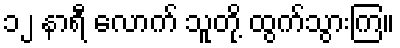
၁၂ နာရီ လောက် သူတို့ ထွက်သွားကြ။